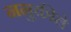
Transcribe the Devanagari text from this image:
ननुकीले